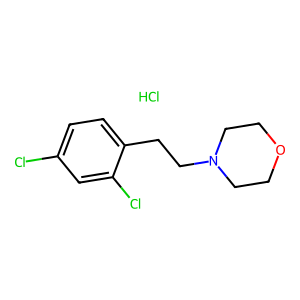
SMILES: Cl.Clc1ccc(CCN2CCOCC2)c(Cl)c1
Inhibits HIV replication: No